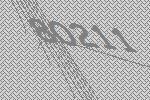
80211